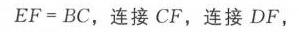
\(EF = BC\)，连接\(CF\)，连接\(DF\)，